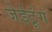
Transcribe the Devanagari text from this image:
जेईटूंग